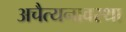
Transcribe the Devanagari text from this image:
अचैत्यनावस्था